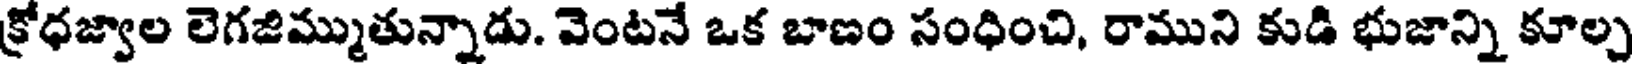
క్రోధజ్వాల లెగజిమ్ముతున్నాడు. వెంటనే ఒక బాణం సంధించి, రాముని కుడి భుజాన్ని కూల్చ